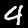
Digit: 4